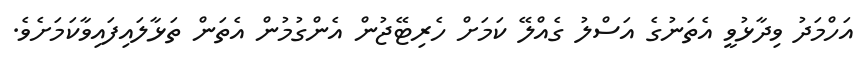
އަހްމަދު ވިދާޅުވީ އެތަނުގެ އަސްލު ގެއްލޭ ކަމަށް ހެރިޓޭޖުން އެންގުމުން އެތަން ތަޅާލައިފައިވާކަމަށެވެ.